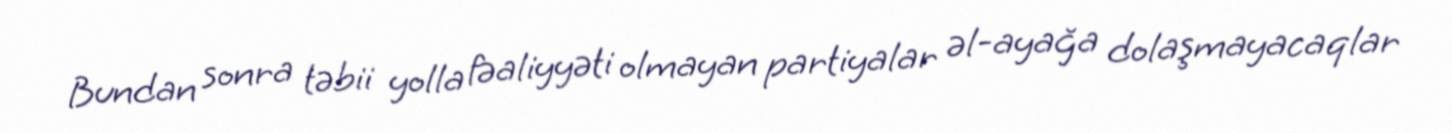
Bundan sonra təbii yolla fəaliyyəti olmayan partiyalar əl-ayağa dolaşmayacaqlar